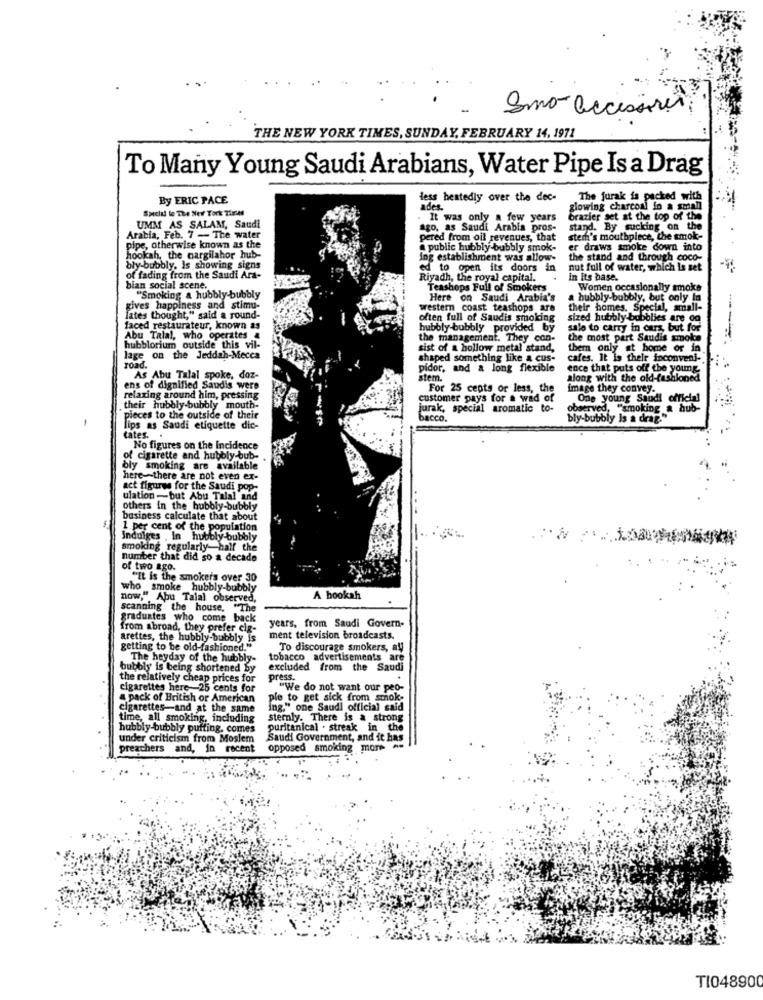
Sma- accessori
THE NEW YORK TIMES, SUNDAY, FEBRUARY 14, 1971
To Many Young Saudi Arabians, Water Pipe Is a Drag
By ERIC PACE
dess heatedly over the dec-
The jurak is packed with
Special to The New York Times
ades.
glowing charcoal in a small
It was only a few years
brazier set at the top of the
UMM AS SALAM, Saudi
ago, as Saudi Arabia pros-
stand. By sucking on the
Arabia, Feb. 7 -- The water
pered from oil revenues, that
ster's mouthpiece, the smok-
pipe, otherwise known as the
@ public bubbly bubbly smok-
er draws smoke down into
hookah, the cargilahor hub-
ing establishment was allow-
the stand and through coco-
bly-bubbly, Is showing signs
ed to open its doors in
nut full of water, which is set
of fading from the Saudi Ara-
Riyadh, the royal capital.
in Its base.
bian social scene.
Teashops Full of Smokers
Women occasionally smoke
"Smoking a hubbly-bubbly
e on Saudi Arabia's
a bubbly-bubbly, but only in
gives happiness and stimu-
western coast teashops are
their homes. Special, small-
lates thought," said a round-
often full of Saudis smoking
sized hubibly bubblies are og
faced restaurateur, known as
bubbly bubbly provided by
salo to carry in cars, but for
Abu Talal, who operates &
the management. They con-
the most part Saudis smoke
hubblorium outside this vil-
sist of a hollow metal stand,
them only at home or in
lage on the Jeddah-Mecca
shaped something like a cus-
cafes. It is their inconveni-
road.
pidor, and & long flexible
ence that puts off the young
As Abu Talal spoke, doz-
stem.
along with the old-fashioned
ens of dignified Saudis were
For 25 cepts or less, the
image they convey.
relaxing around him, pressing
customer pays for a wad of
One young Saudi official
their hubbly bubbly mouth-
turak, special aromatic to-
observed, "smoking a hub-
-
pieces to the outside of their
bacco.
bly-bubbly Is a drag."
lips as Saudi etiquette dic-
cates.
No figures on the Incidence
of cigarette and hubbly bub-
bly smoking are available
here-there are not even ex-
act figures for the Saudi pop-
ulation -but Abu Talal and
others In the bubbly-bubbly
business calculate that about
1.per cent of the populala
Indulges . In hubbly-bubbly
Holy-bubbly
smoking regularly-half the
number that did so a decade
of two ago.
"It is the smokers over 30
who smoke hubbly-bubbly
now," Abu Talal observed,
A hookah
scanning the house. "The
graduates who come back
years, from Saudi Govern-
from abroad, they prefer cig-
arettes, the hubbly-bubbly is
ment television broadcasts.
getting to be old-fashioned."
To discourage smokers, al
The heyday of the hubbly-
tobacco advertisements are
bubbly is being shortened by
excluded from the Saudi
the relatively cheap prices for
press.
cigarettes here-25 cents for
"We do not want our peo-
a pack of British or American
ple to get sick from smok-
cigarettes-and at the same
ing." one Saudi official said
time, all smoking, including
sternly. There is a strong
hubbly-bubbly puffing. comes
puritanical . streak in the
under criticism from Moslem
Saudi Government, and it has
preachers and, in recent
opposed smoking more ..
TI048900